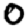
Digit: 0